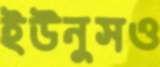
ইউনুসও